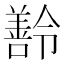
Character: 𬙽